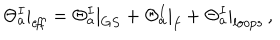
\Theta _ { a } ^ { I } | _ { e \! f \! f } = \Theta _ { a } ^ { I } | _ { G S } + \Theta _ { a } ^ { I } | _ { f } + \Theta _ { a } ^ { I } | _ { l o o p s } \, ,